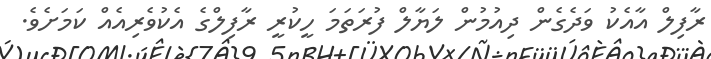
ރާފިލް އާއެކު ވަދެގެން ދިއުމުން ލަޔާލް ފުރަތަމަ ހީކުރީ ރާފިލްގެ އެކުވެރިއެއް ކަމަށެވެ.